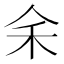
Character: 𪜱